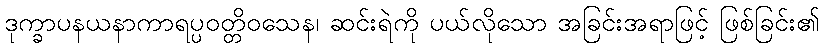
ဒုက္ခာပနယနာကာရပ္ပဝတ္တိဝသေန၊ ဆင်းရဲကို ပယ်လိုသော အခြင်းအရာဖြင့် ဖြစ်ခြင်း၏